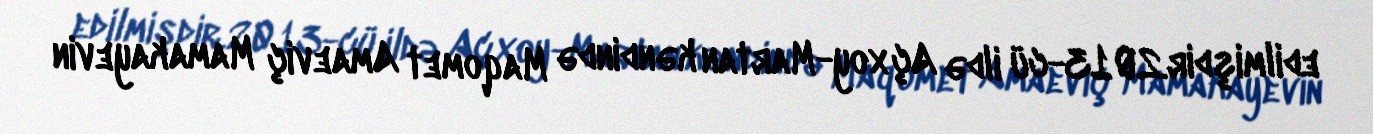
edilmişdir.2013-cü ildə Açxoy-Martan kəndində Maqomet Amaeviç Mamakayevin